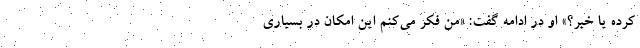
کرده یا خیر؟» او در ادامه گفت: «من فکر می‌کنم این امکان در بسیاری